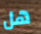
هل